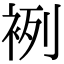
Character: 𧙷